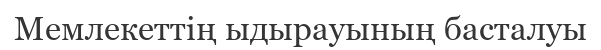
Мемлекеттің ыдырауының басталуы